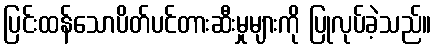
ပြင်းထန်သောပိတ်ပင်တားဆီးမှုများကို ပြုလုပ်ခဲ့သည်။